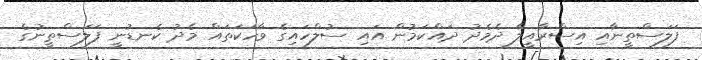
ފަލަސްތީނާއި އިސްރާއީލާ ދެމެދު ދައްކަމުން އައި ސުލްހައިގެ ވާހަކަތައް މެދު ކެނޑުނީ ފަލަސްތީނުގެ